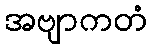
အဗျာကတံ